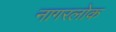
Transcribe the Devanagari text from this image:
नागरलोक